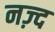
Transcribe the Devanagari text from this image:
नज़्द